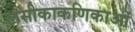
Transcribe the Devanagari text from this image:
लसीकाकणिकाओं